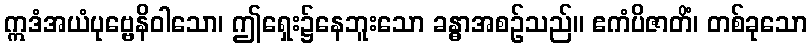
ဣဒံအယံပုဗ္ဗေနိဝါသော၊ ဤရှေး၌နေဘူးသော ခန္ဓာအစဉ်သည်။ ဧကံပိဇာတိံ၊ တစ်ခုသော